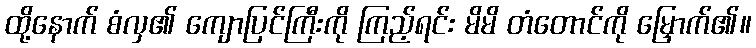
ထို့နောက် စံလှ၏ ကျောပြင်ကြီးကို ကြည့်ရင်း မိမိ တံတောင်ကို မြှောက်၏။